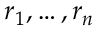
\boldsymbol { r } _ { 1 } , \ldots , \boldsymbol { r } _ { n }